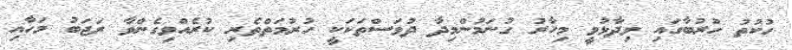
ހުކުތު ހުރުބާގައި ވިދާޅުވީ މިހާރު ގުނަމުންމިދާ ދުވަސްތަކަކީ ހުރުމަތްތެރި ކުރެއްވިގެންވާ ރަޖަބު މަހާއި